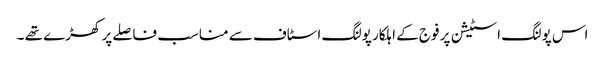
اس پولنگ اسٹیشن پر فوج کے اہلکار پولنگ اسٹاف سے مناسب فاصلے پر کھڑے تھے ۔